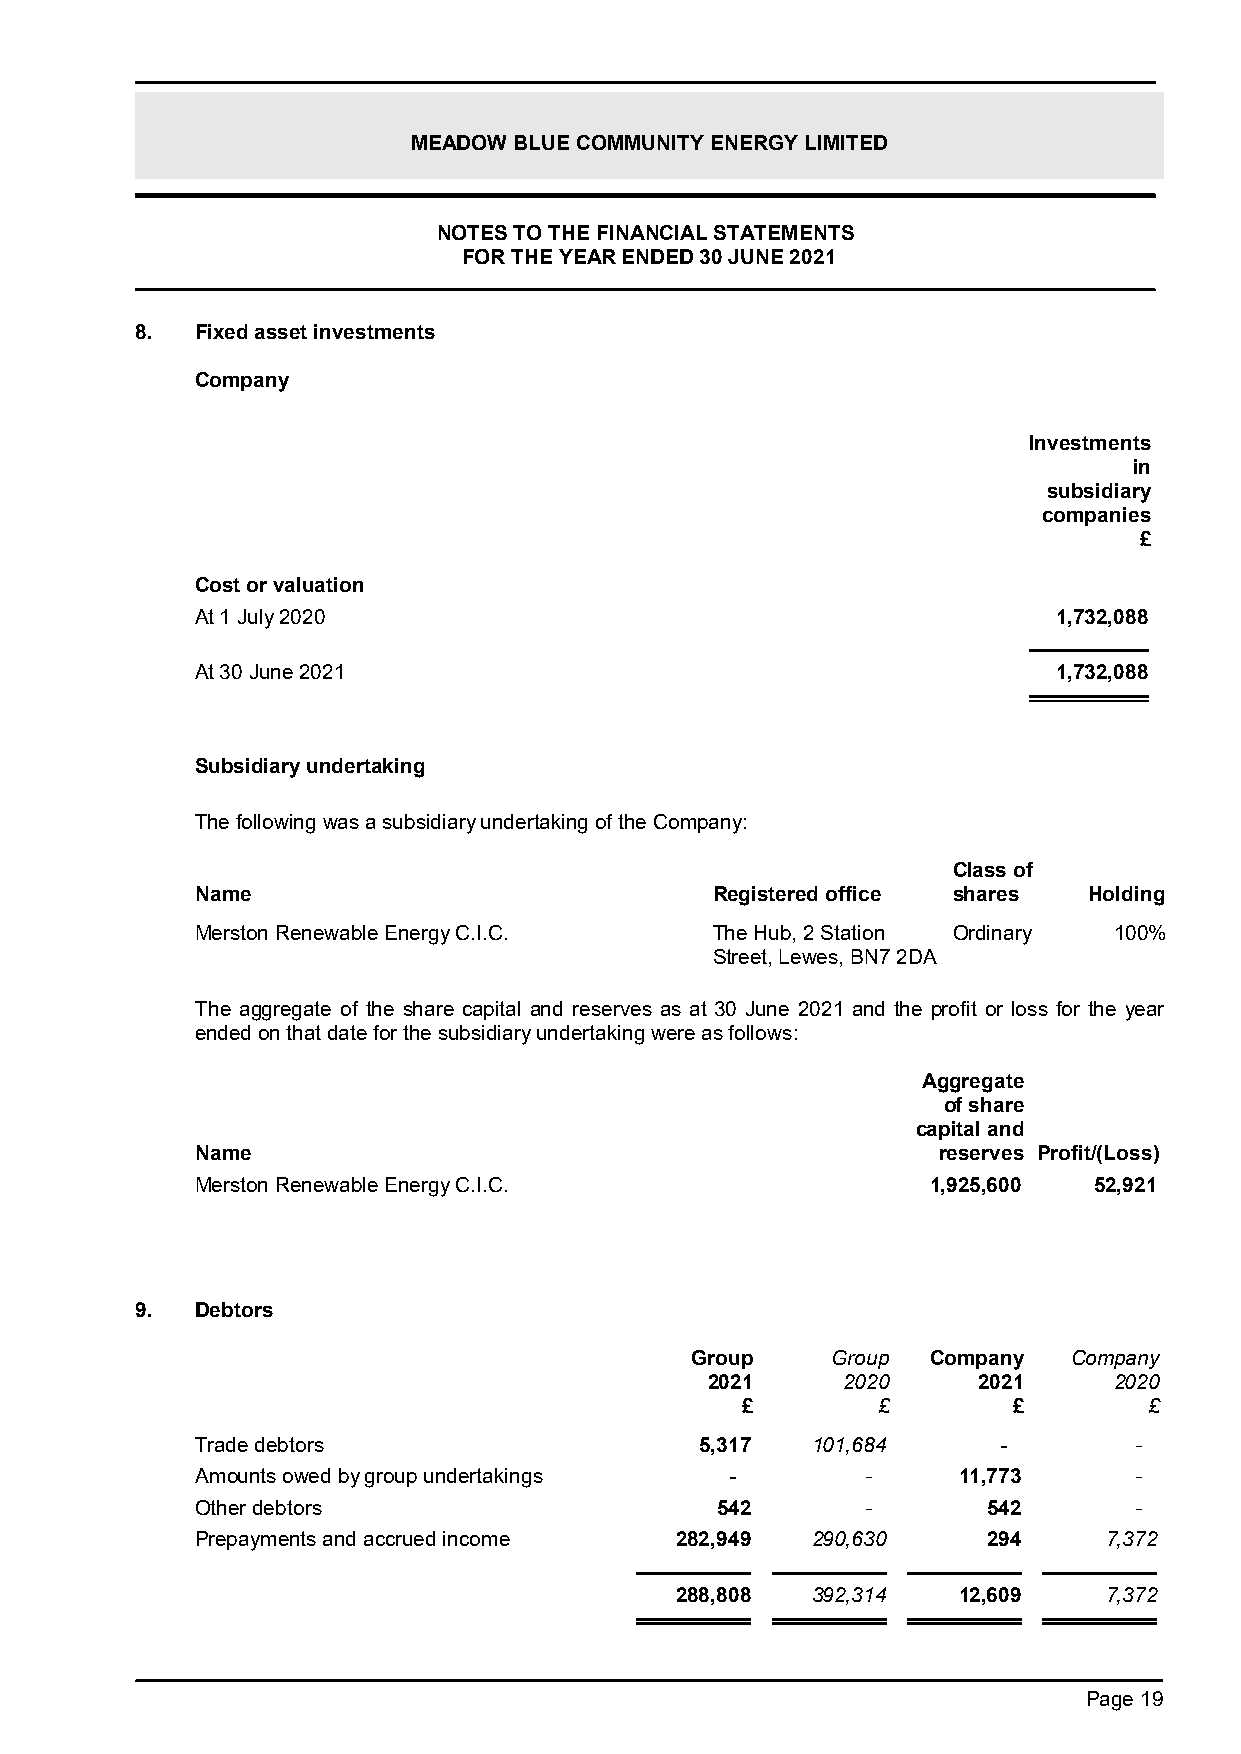
MEADOW BLUE COMMUNITY ENERGY LIMITED
 NOTES TO THE FINANCIAL STATEMENTS
 FOR THE YEAR ENDED 30 JUNE 2021
 8.  Fixed asset investments
 Company
 Investments
 in
 subsidiary
 companies
 £
 Cost or valuation
 At 1 July 2020                                           1,732,088
 At 30 June 2021                                          1,732,088
 Subsidiary undertaking
 The following was a subsidiary undertaking of the Company:
 Class of
 Name                              Registered office shares Holding
 Merston Renewable Energy C.I.C.   The Hub, 2 Station Ordinary 100%
 Street, Lewes, BN7 2DA
 The aggregate of the share capital and reserves as at 30 June 2021 and the profit or loss for the year
 ended on that date for the subsidiary undertaking were as follows:
 Aggregate
 of share
 capital and
 Name                                             reserves Profit/(Loss)
 Merston Renewable Energy C.I.C.                  1,925,600 52,921
 9.  Debtors
 Group    Group  Company  Company
 2021     2020     2021     2020
 £        £        £        £
 Trade debtors                    5,317   101,684     -        -
 Amounts owed by group undertakings -        -     11,773      -
 Other debtors                     542       -       542       -
 Prepayments and accrued income  282,949  290,630    294     7,372
 288,808  392,314  12,609    7,372
 Page 19